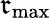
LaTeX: \mathfrak{r}_{\mathrm{{max}}}